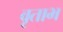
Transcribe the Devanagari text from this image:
वृताभ